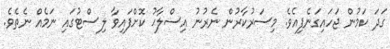
ގަދަ ކަމުން ޖަހައިގަނެފިއެވެ. މިސަރުކާރުން ނެރުނު އިސްލާޙު ކޮށްފައިވާ ލިސްޓުގައި ނަމެއް ނެތެވެ.